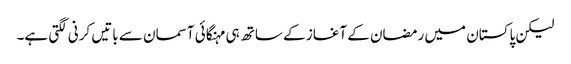
لیکن پاکستان میں رمضان کے آغاز کے ساتھ ہی مہنگائی آسمان سے باتیں کرنی لگتی ہے۔